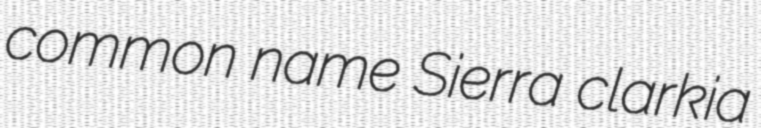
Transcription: common name Sierra clarkia